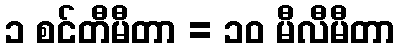
၁ စင်တီမီတာ = ၁၀ မီလီမီတာ